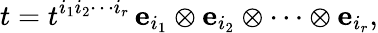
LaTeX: t=t^{i_{1}i_{2}\cdots i_{r}}\, {\mathbf{e}}_{i_{1}}\otimes{\mathbf{e}}_{i_{2}}\otimes\cdots\otimes{\mathbf{e}}_{i_{r}},